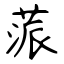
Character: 蒎